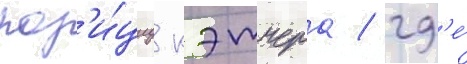
поз'и́циу кэтчера / гд'е́